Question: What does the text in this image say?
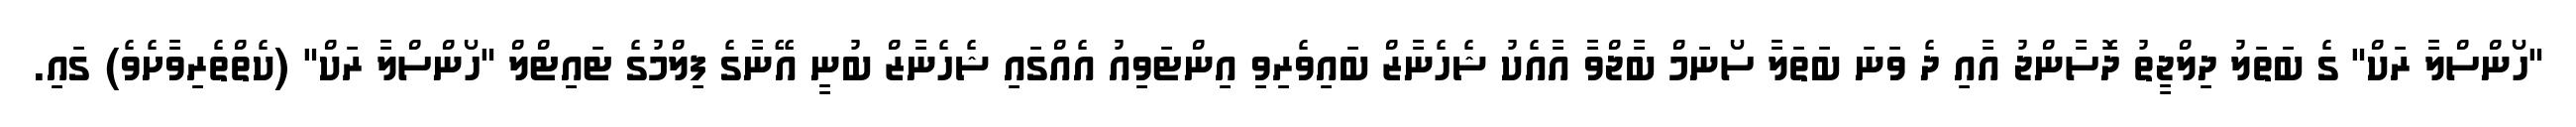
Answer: "ހޯންސްލާ ރަކް" ގެ ބަތަލު ދިލްޖީތު ދޮސާންޖު އާއި ދެ ވަނަ ބަތަލާ ސޯނަމް ބާޖްވާ އާއެކު ޝެހެނާޒް ބައިވެރިވި އިންޓަވިއު އެއްގައި ޝެހެނާޒް ބުނީ އޭނާގެ ފިލްމުގެ ޓައިޓްލް "ހޯންސްލާ ރަކް" (ކެތްތެރިވާށެވެ) ގައި.